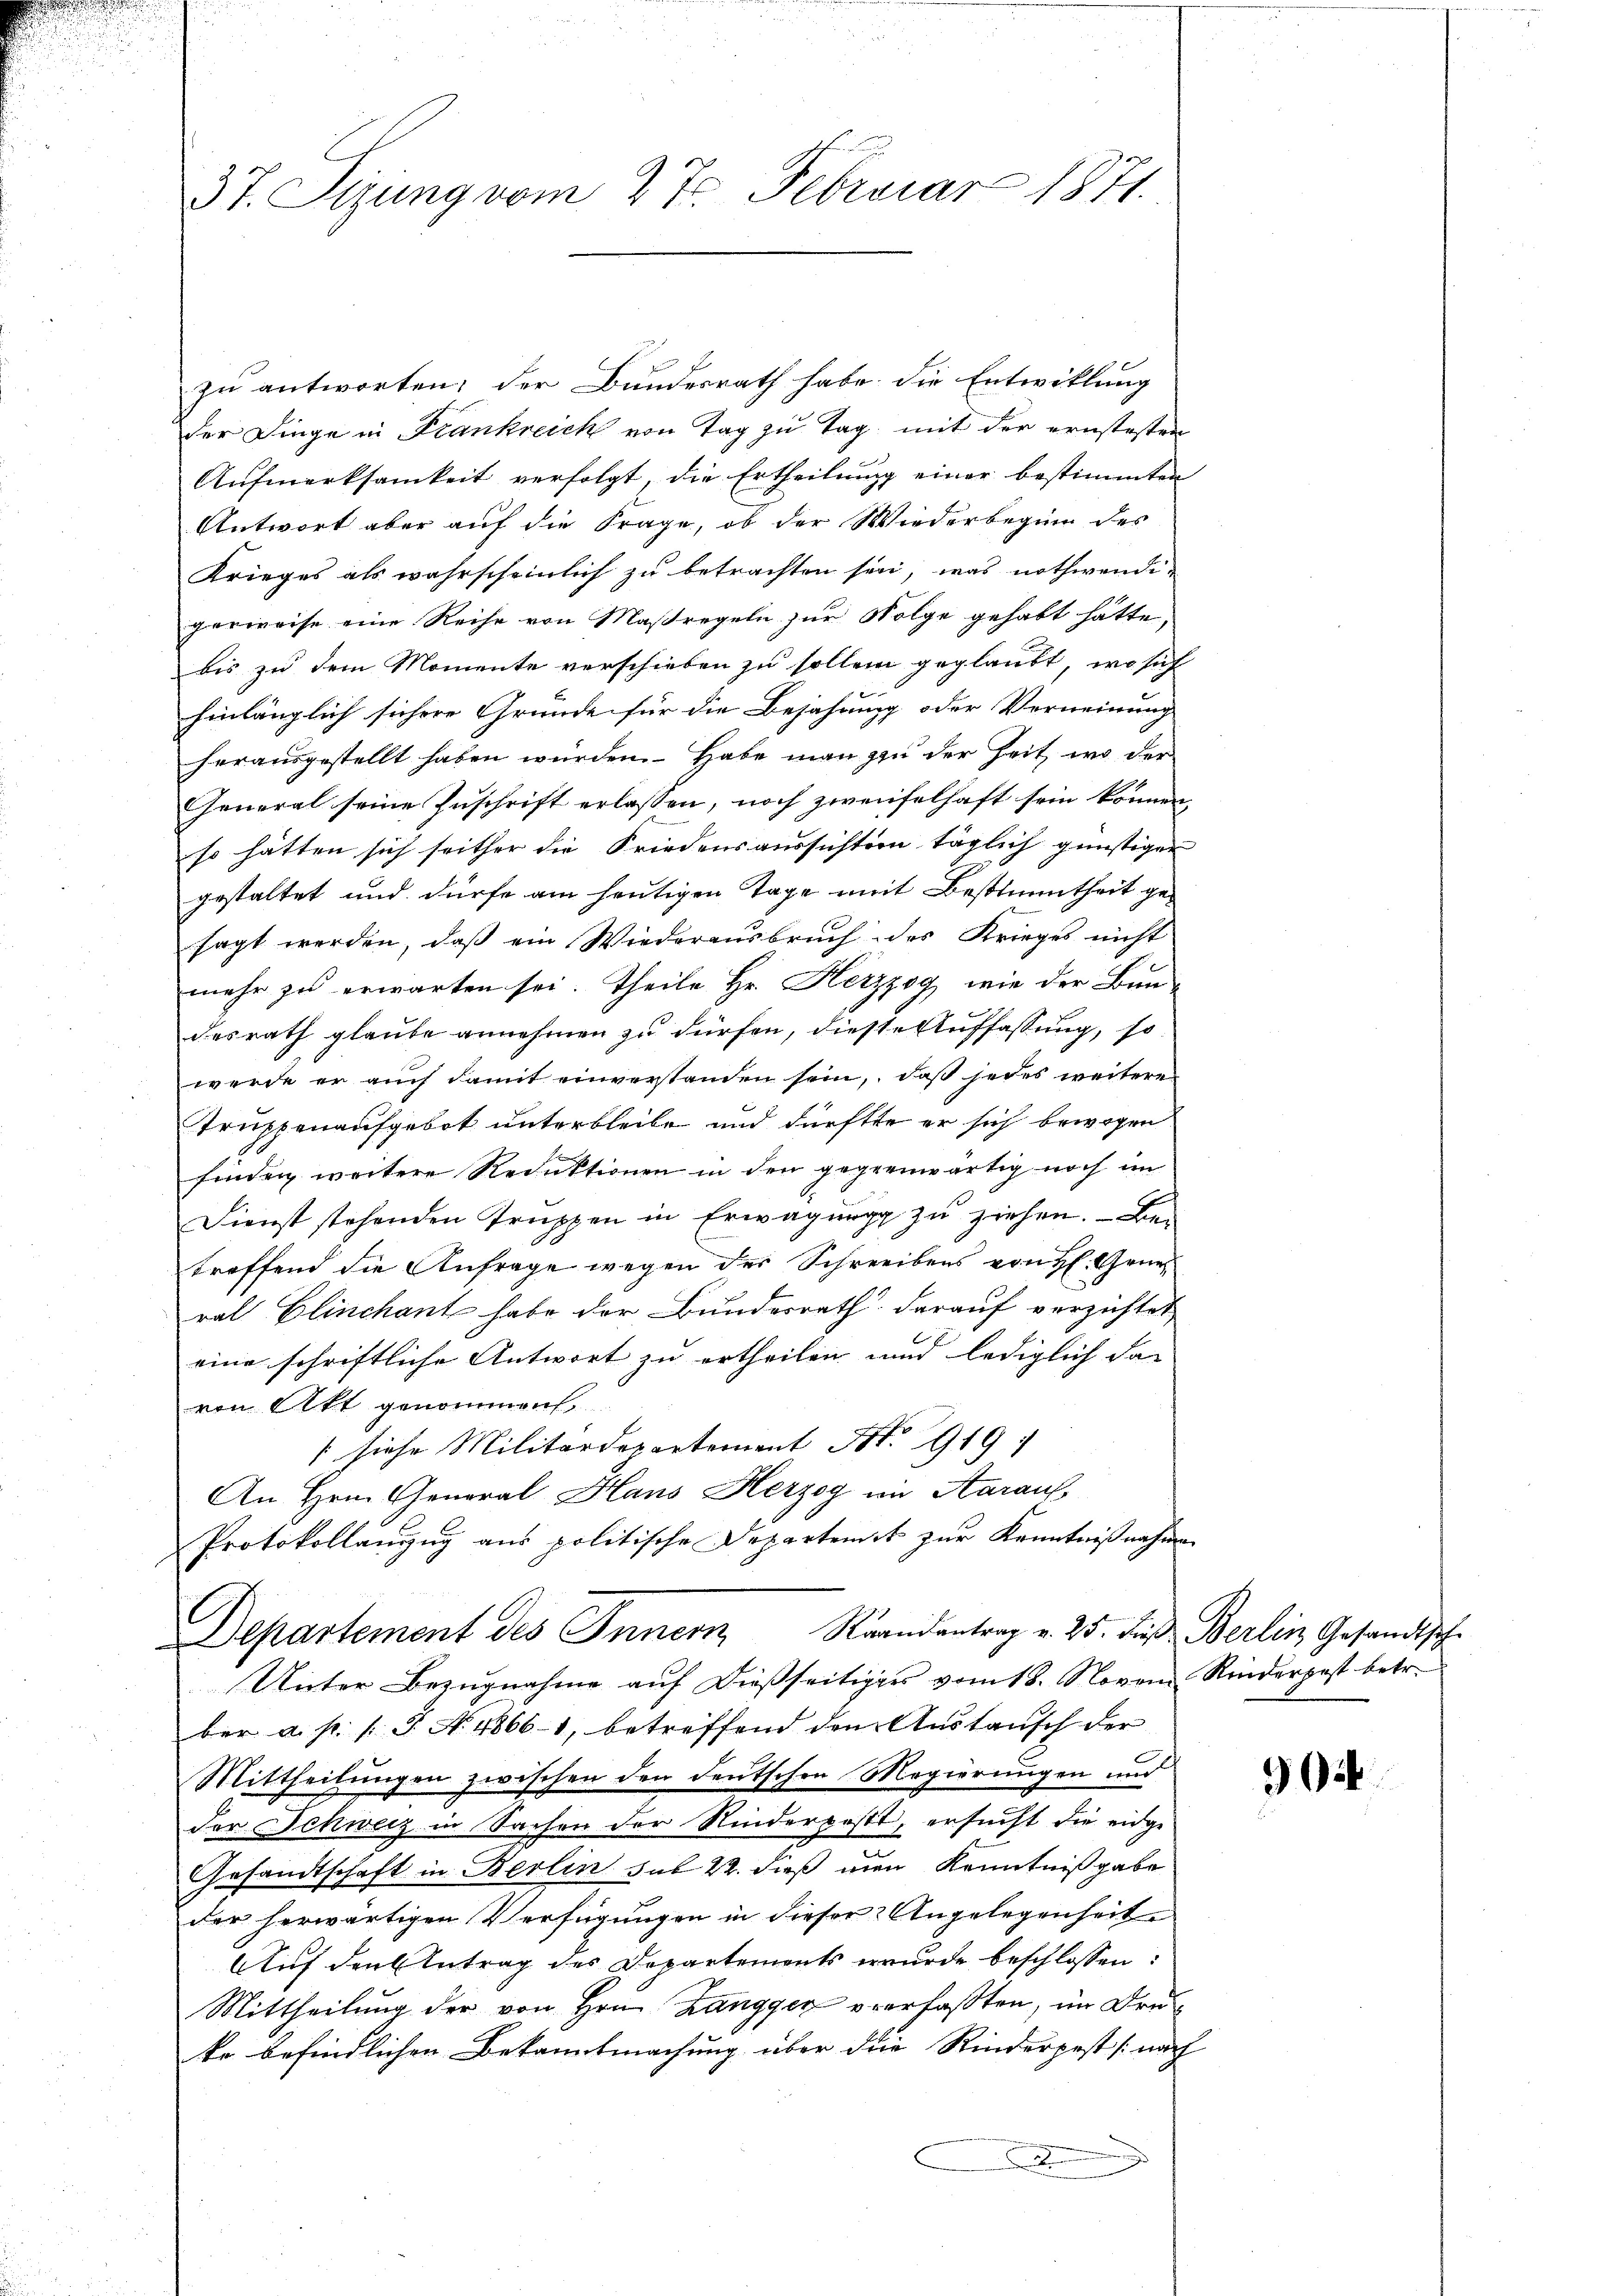
37. Sizung vom 27. Februar 1871.

zu antworten; der Bundesrath habe die Entwicklung
der Dinge in Frankreich von Tag zu Tag mit der ernstesten
Aufmerksamkeit verfolgt, die Ertheilung einer bestimmten
Antwort aber auf die Frage, ob der Wiederbeginn des
Krieges als wahrscheinlich zu betrachten sei, was nothwendi-
gerweise eine Reihe von Maßregeln zur Folge gehabt hätte,
bis zu dem Momente verschieben zu sollen geglaubt, wo sich
hinlänglich sichere Gründe für die Bejahung oder Verneinung
herausgestellt haben würden. Habe man zu der Zeit, wo der
General seine Zuschrift erlassen, noch zweifelhaft sein können,
so hätten sich seither die Friedensaussichtern täglich günstiger
gestaltet und dürfe am heutigen Tage mit Bestimmtheit gesagt werden, daß ein Wiederausbruch des Krieges nicht
mehr zu erwarten sei. Theile Hr. Herzzog, wie der Bun-
desrath glaube annehmen zu dürfen, diese Auffassung, so
werde er auch damit einverstanden sein, daß jedes weitere
truppenaufgebot unterbleibe und dürfte er sich bewogen
finden weitere Reduktionen in den gegenwärtig noch im
Dienst stehenden Truppen in Erwägung zu ziehen. — Be-
treffend die Anfrage wegen des Schreibens von H. Grun
ral Elinchant habe der Bundesrath darauf verzichtet,
eine schriftliche Antwort zu ertheilen und lediglich das
von Akt genommen,
(siehe Militärdepartement Nr. 919
An Hrn. General Haus Herzog im Aarauf
Protokollanzug aus politische Departenst zur Kenntnißnahmen
Departement des Innern Raandantrag v. 25. Fuß Berlin Gesandtsch
Unter Bezugnahme auf dießseitiges vom 18. Novem Rinderpost betr.
ber a. p. l. J. N. 4866-1, betreffend dem Austausch der
Mittheilungen zwischen den deutschen Magierungen und
der Schweiz in Sachen der Rinderpostt, ersucht die eidge-
7
Gesandtschaft in Berlin sub 22. dieß man Kenntnißgabe
der herwärtigen Verfügungen in dieser Angelegenheit
Auf den Antrag des Departements wurde beschlossen:
Mittheilung der von Hrn. Zangger verfaßten, im Druke befindlichen Bekanntmachung über die Rinderpest (nach

34